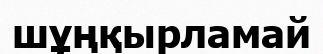
шұңқырламай